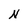
Character: N